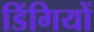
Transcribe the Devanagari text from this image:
डिंगियों